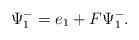
LaTeX: \begin{align*}\Psi^-_1=e_1+F \Psi^-_1.\end{align*}